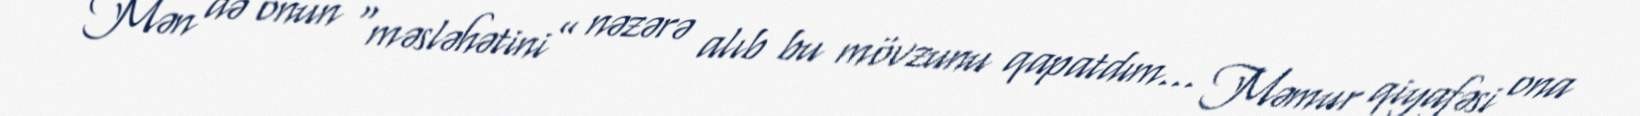
Mən də onun “məsləhətini” nəzərə alıb bu mövzunu qapatdım… Məmur qiyafəsi ona